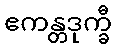
ဧကန္တဒုက္ခီ